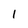
Character: 1